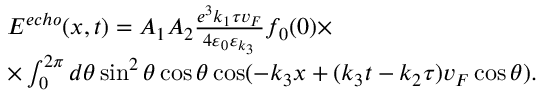
\begin{array} { r l } & { E ^ { e c h o } ( x , t ) = A _ { 1 } A _ { 2 } \frac { e ^ { 3 } k _ { 1 } \tau v _ { F } } { 4 \varepsilon _ { 0 } \varepsilon _ { k _ { 3 } } } f _ { 0 } ( 0 ) \times } \\ & { \times \int _ { 0 } ^ { 2 \pi } d \theta \sin ^ { 2 } \theta \cos \theta \cos ( - k _ { 3 } x + ( k _ { 3 } t - k _ { 2 } \tau ) v _ { F } \cos \theta ) . } \end{array}